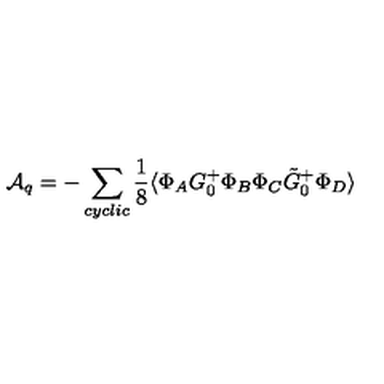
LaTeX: { \cal A } _ { q } = - \sum _ { c y c l i c } \frac { 1 } { 8 } \langle \Phi _ { A } G _ { 0 } ^ { + } \Phi _ { B } \Phi _ { C } \tilde { G } _ { 0 } ^ { + } \Phi _ { D } \rangle